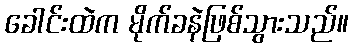
ခေါင်းထဲက မိုက်ခနဲဖြစ်သွားသည်။